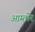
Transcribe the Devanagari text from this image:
आम्तोर